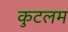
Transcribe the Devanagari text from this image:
कुटलम